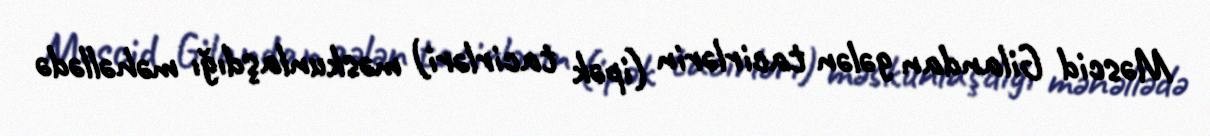
Məscid Gilandan gələn tacirlərin (ipək tacirləri) məskunlaşdığı məhəllədə